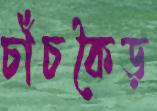
চাঁচকৈড়